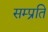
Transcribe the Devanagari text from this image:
सम्‍प्रति